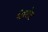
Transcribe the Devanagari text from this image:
मेरखेट